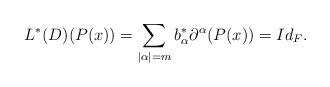
LaTeX: \begin{align*}L^{*}(D)(P(x))=\sum_{|\alpha|=m}b^{\ast}_{\alpha}\partial^{\alpha}(P(x))=Id_{F}.\end{align*}